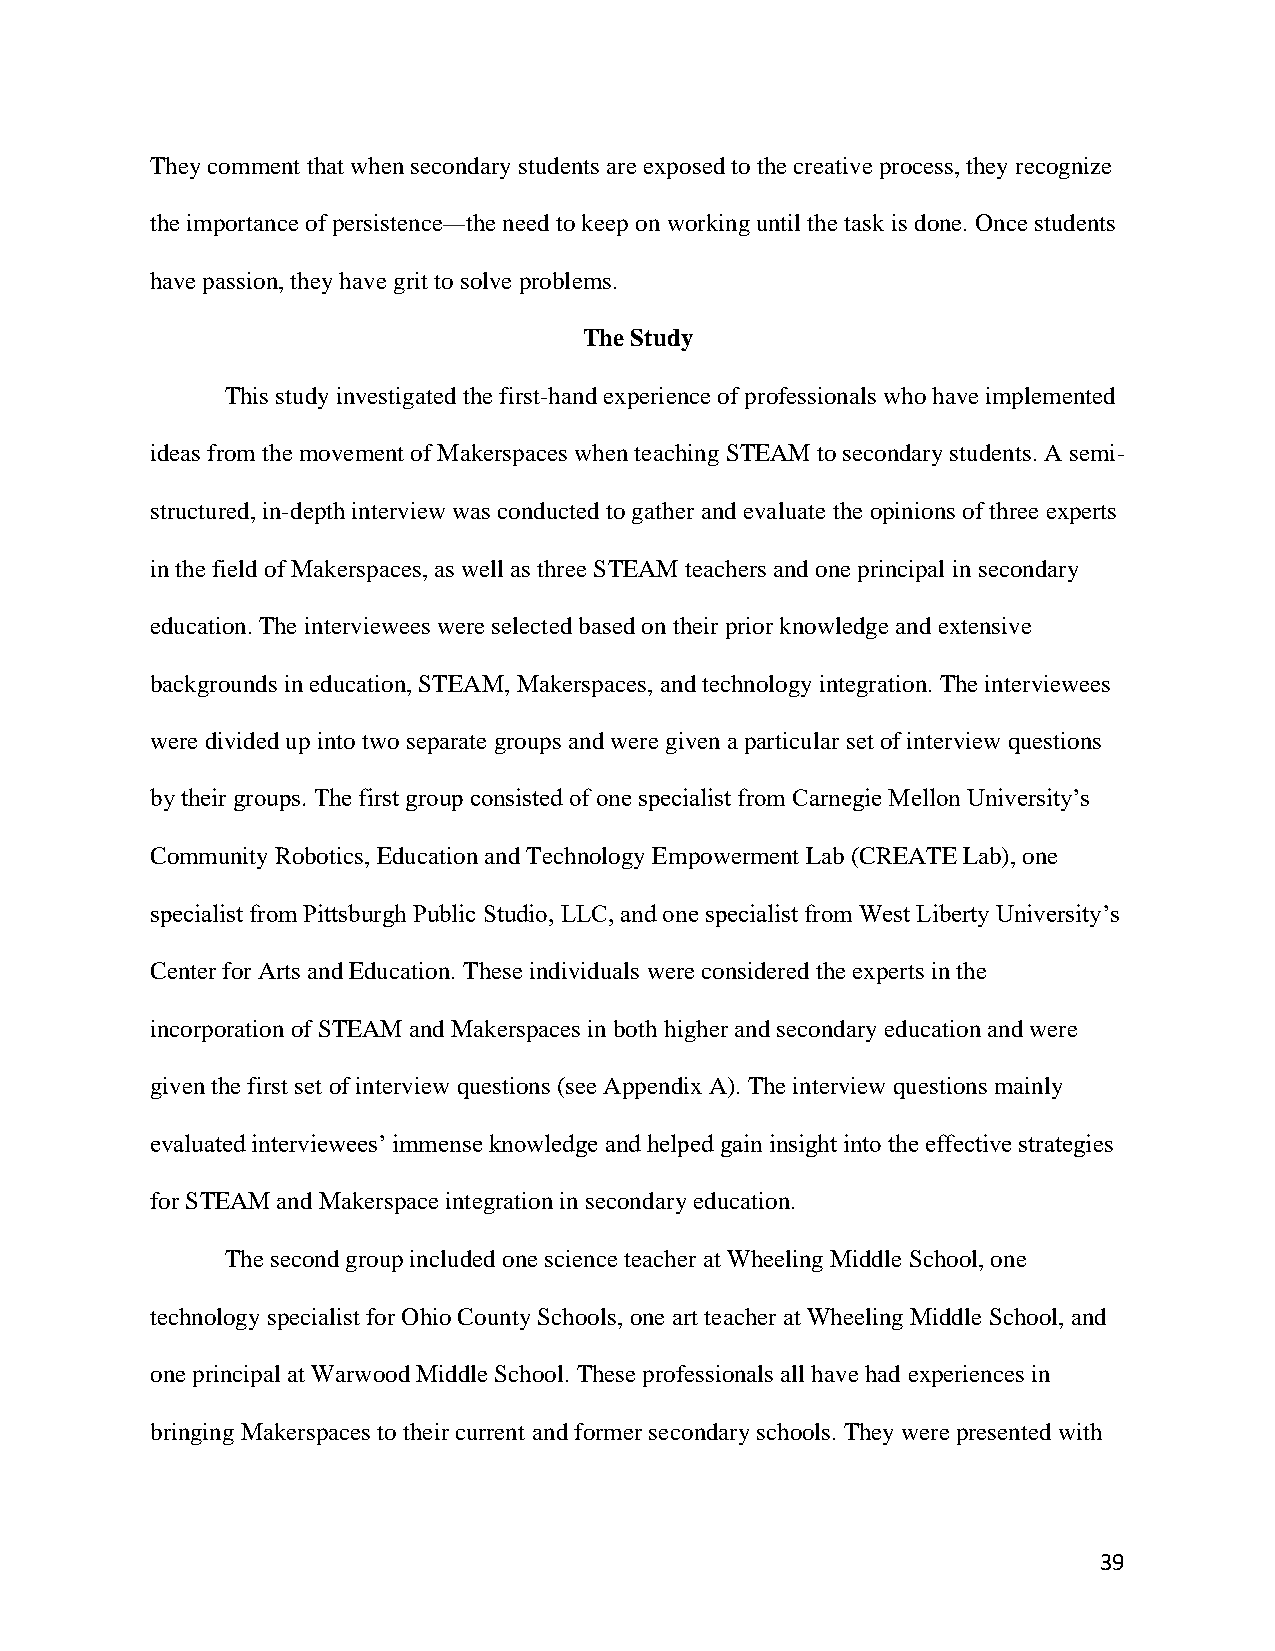
They comment that when secondary students are exposed to the creative process, they recognize
 the importance of persistence—the need to keep on working until the task is done. Once students
 have passion, they have grit to solve problems.
 The Study
 This study investigated the first-hand experience of professionals who have implemented
 ideas from the movement of Makerspaces when teaching STEAM to secondary students. A semi-
 structured, in-depth interview was conducted to gather and evaluate the opinions of three experts
 in the field of Makerspaces, as well as three STEAM teachers and one principal in secondary
 education. The interviewees were selected based on their prior knowledge and extensive
 backgrounds in education, STEAM, Makerspaces, and technology integration. The interviewees
 were divided up into two separate groups and were given a particular set of interview questions
 by their groups. The first group consisted of one specialist from Carnegie Mellon University’s
 Community Robotics, Education and Technology Empowerment Lab (CREATE Lab), one
 specialist from Pittsburgh Public Studio, LLC, and one specialist from West Liberty University’s
 Center for Arts and Education. These individuals were considered the experts in the
 incorporation of STEAM and Makerspaces in both higher and secondary education and were
 given the first set of interview questions (see Appendix A). The interview questions mainly
 evaluated interviewees’ immense knowledge and helped gain insight into the effective strategies
 for STEAM and Makerspace integration in secondary education.
 The second group included one science teacher at Wheeling Middle School, one
 technology specialist for Ohio County Schools, one art teacher at Wheeling Middle School, and
 one principal at Warwood Middle School. These professionals all have had experiences in
 bringing Makerspaces to their current and former secondary schools. They were presented with
 39